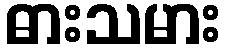
ဓားသမား